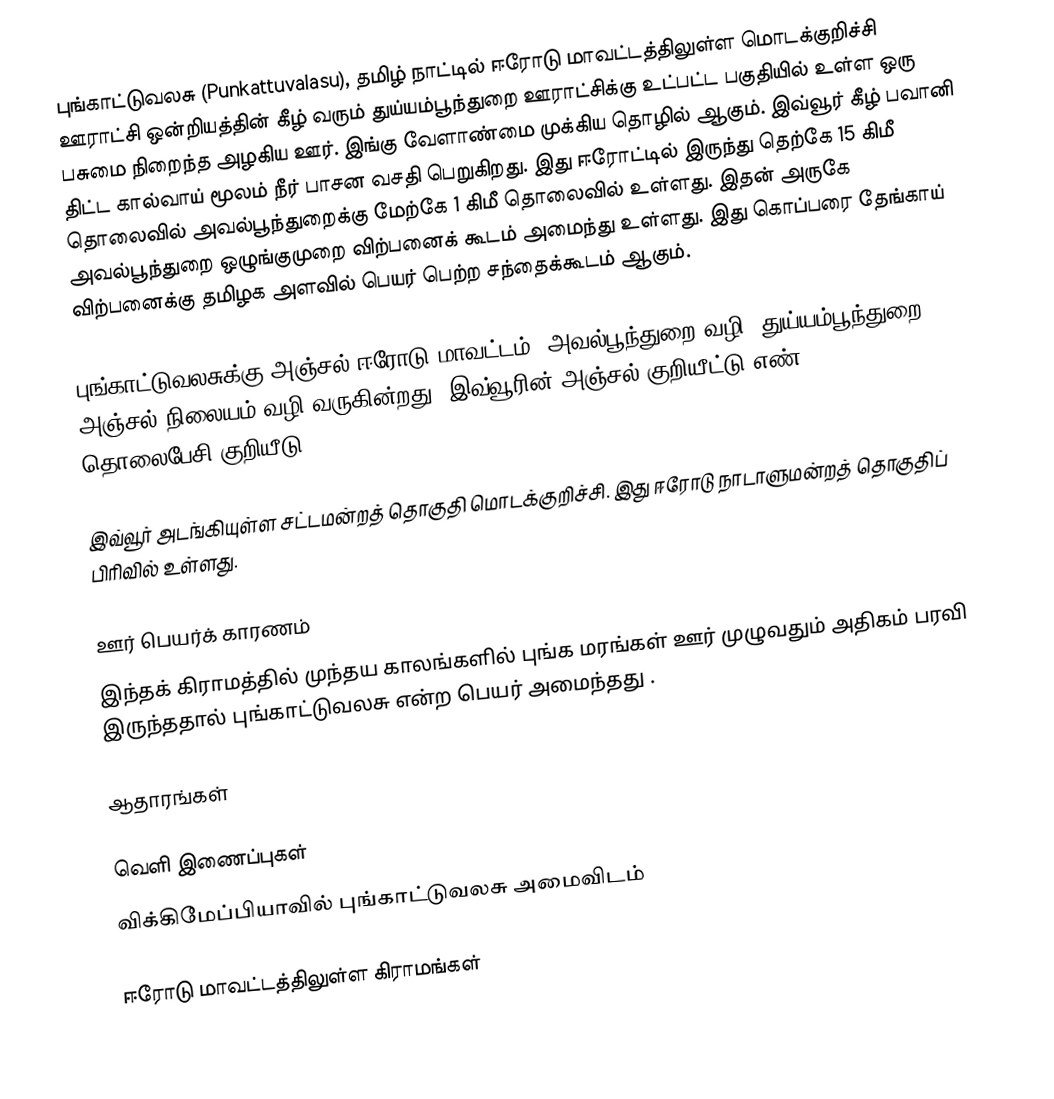
புங்காட்டுவலசு  (Punkattuvalasu), தமிழ் நாட்டில் ஈரோடு மாவட்டத்திலுள்ள மொடக்குறிச்சி ஊராட்சி ஒன்றியத்தின் கீழ் வரும் துய்யம்பூந்துறை ஊராட்சிக்கு உட்பட்ட பகுதியில் உள்ள ஒரு பசுமை நிறைந்த அழகிய ஊர். இங்கு வேளாண்மை முக்கிய தொழில் ஆகும். இவ்வூர் கீழ் பவானி திட்ட கால்வாய் மூலம் நீர் பாசன வசதி பெறுகிறது. இது ஈரோட்டில் இருந்து தெற்கே 15 கிமீ தொலைவில் அவல்பூந்துறைக்கு மேற்கே 1 கிமீ தொலைவில் உள்ளது. இதன் அருகே அவல்பூந்துறை ஒழுங்குமுறை விற்பனைக் கூடம் அமைந்து உள்ளது. இது கொப்பரை தேங்காய் விற்பனைக்கு தமிழக அளவில் பெயர் பெற்ற சந்தைக்கூடம் ஆகும்.

புங்காட்டுவலசுக்கு அஞ்சல் ஈரோடு மாவட்டம், அவல்பூந்துறை வழி, துய்யம்பூந்துறை அஞ்சல் நிலையம் வழி வருகின்றது. இவ்வூரின் அஞ்சல் குறியீட்டு எண் 638115. தொலைபேசி குறியீடு 0424.

இவ்வூர் அடங்கியுள்ள சட்டமன்றத் தொகுதி  மொடக்குறிச்சி. இது ஈரோடு  நாடாளுமன்றத் தொகுதிப் பிரிவில் உள்ளது.

ஊர் பெயர்க் காரணம்
இந்தக் கிராமத்தில் முந்தய காலங்களில் புங்க மரங்கள் ஊர் முழுவதும் அதிகம் பரவி இருந்ததால் புங்காட்டுவலசு என்ற பெயர் அமைந்தது .

ஆதாரங்கள்

வெளி இணைப்புகள்
 விக்கிமேப்பியாவில் புங்காட்டுவலசு அமைவிடம்

 ஈரோடு  மாவட்டத்திலுள்ள கிராமங்கள்